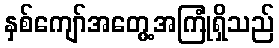
နှစ်ကျော်အတွေ့အကြုံရှိသည်